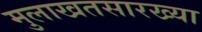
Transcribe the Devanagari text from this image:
मुलाखतसारख्या